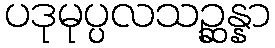
ပဒုမုပ္ပလသဉ္ဆန္နာ